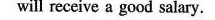
will receive a good salary.